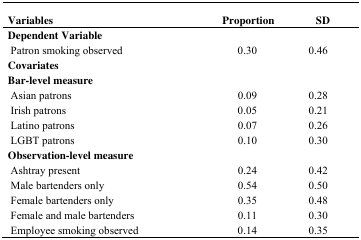
<table><thead><tr><td><b>Variables</b></td><td><b>Proportion</b></td><td><b>SD</b></td></tr></thead><tbody><tr><td colspan="3"><b>Dependent Variable</b></td></tr><tr><td>Patron smoking observed</td><td>0.30</td><td>0.46</td></tr><tr><td colspan="3"><b>Covariates Bar-level measure</b></td></tr><tr><td>Asian patrons</td><td>0.09</td><td>0.28</td></tr><tr><td>Irish patrons</td><td>0.05</td><td>0.21</td></tr><tr><td>Latino patrons</td><td>0.07</td><td>0.26</td></tr><tr><td>LGBT patrons</td><td>0.10</td><td>0.30</td></tr><tr><td colspan="3"><b>Observation-level measure</b></td></tr><tr><td>Ashtray present</td><td>0.24</td><td>0.42</td></tr><tr><td>Male bartenders only</td><td>0.54</td><td>0.50</td></tr><tr><td>Female bartenders only</td><td>0.35</td><td>0.48</td></tr><tr><td>Female and male bartenders</td><td>0.11</td><td>0.30</td></tr><tr><td>Employee smoking observed</td><td>0.14</td><td>0.35</td></tr></tbody></table>